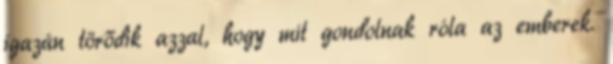
igazán törődik azzal, hogy mit gondolnak róla az emberek.